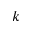
k